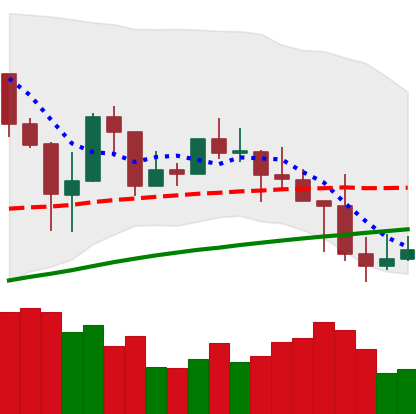
Ticker: LINK-USD
Chart end date: 2019-04-28
Forward return: 14.267%
Label: up_7plus